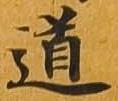
道